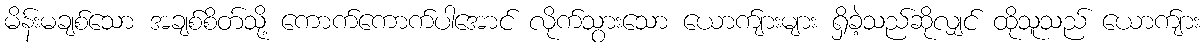
မိန်းမချစ်သော အချစ်စိတ်သို့ ကောက်ကောက်ပါအောင် လိုက်သွားသော ယောက်ျားများ ရှိခဲ့သည်ဆိုလျှင် ထိုသူသည် ယောက်ျား